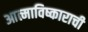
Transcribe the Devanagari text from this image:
आत्माविष्काराची